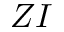
Z I